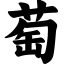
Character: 萄